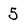
Character: 5